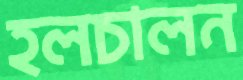
হলচালন